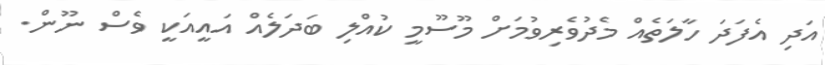
އަދި އެފަދަ ހާލަތެއް މެދުވެރިވުމަށް މޫސޫމީ ކުއްލި ބަދަލެއް އައީއަކީ ވެސް ނޫން.